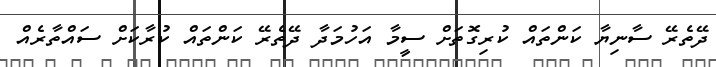
ދޭތެރޭ ސާނިޔާ ކަންތައް ކުރިގޮތަށް ސީމާ އަހުމަދާ ދޭތެރޭ ކަންތައް ކުރާކަށް ސައްތާރެއް